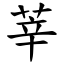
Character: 莘